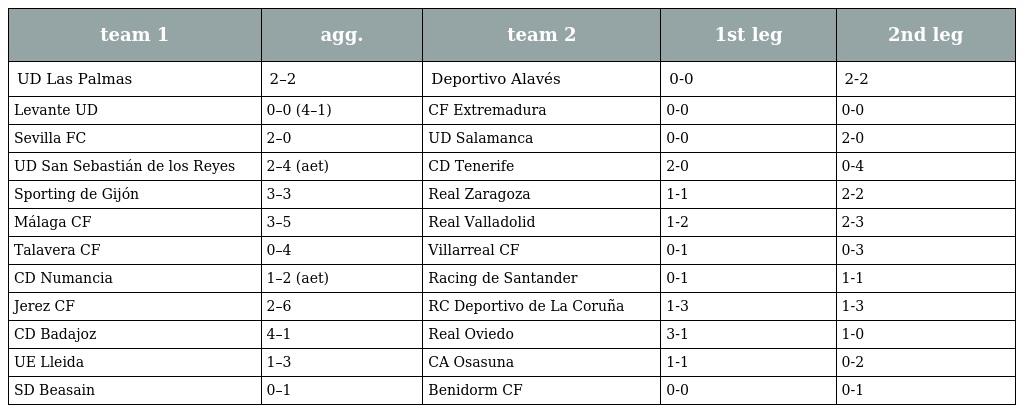
| team 1 | agg. | team 2 | 1st leg | 2nd leg |
 | --- | --- | --- | --- | --- |
 | UD Las Palmas | 2–2 | Deportivo Alavés | 0-0 | 2-2 |
 | Levante UD | 0–0 (4–1) | CF Extremadura | 0-0 | 0-0 |
 | Sevilla FC | 2–0 | UD Salamanca | 0-0 | 2-0 |
 | UD San Sebastián de los Reyes | 2–4 (aet) | CD Tenerife | 2-0 | 0-4 |
 | Sporting de Gijón | 3–3 | Real Zaragoza | 1-1 | 2-2 |
 | Málaga CF | 3–5 | Real Valladolid | 1-2 | 2-3 |
 | Talavera CF | 0–4 | Villarreal CF | 0-1 | 0-3 |
 | CD Numancia | 1–2 (aet) | Racing de Santander | 0-1 | 1-1 |
 | Jerez CF | 2–6 | RC Deportivo de La Coruña | 1-3 | 1-3 |
 | CD Badajoz | 4–1 | Real Oviedo | 3-1 | 1-0 |
 | UE Lleida | 1–3 | CA Osasuna | 1-1 | 0-2 |
 | SD Beasain | 0–1 | Benidorm CF | 0-0 | 0-1 |